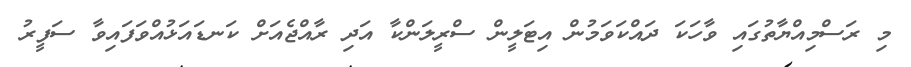
މި ރަސްމިއްޔާތުގައި ވާހަކަ ދައްކަވަމުން އިޓަލީން ސްރީލަންކާ އަދި ރާއްޖެއަށް ކަނޑައަޅުއްވަފައިވާ ސަފީރު